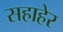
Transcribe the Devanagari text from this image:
सहाहेर